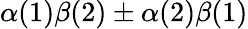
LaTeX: \alpha(1)\beta(2)\pm\alpha(2)\beta(1)